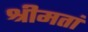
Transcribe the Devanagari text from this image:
श्रीमतां